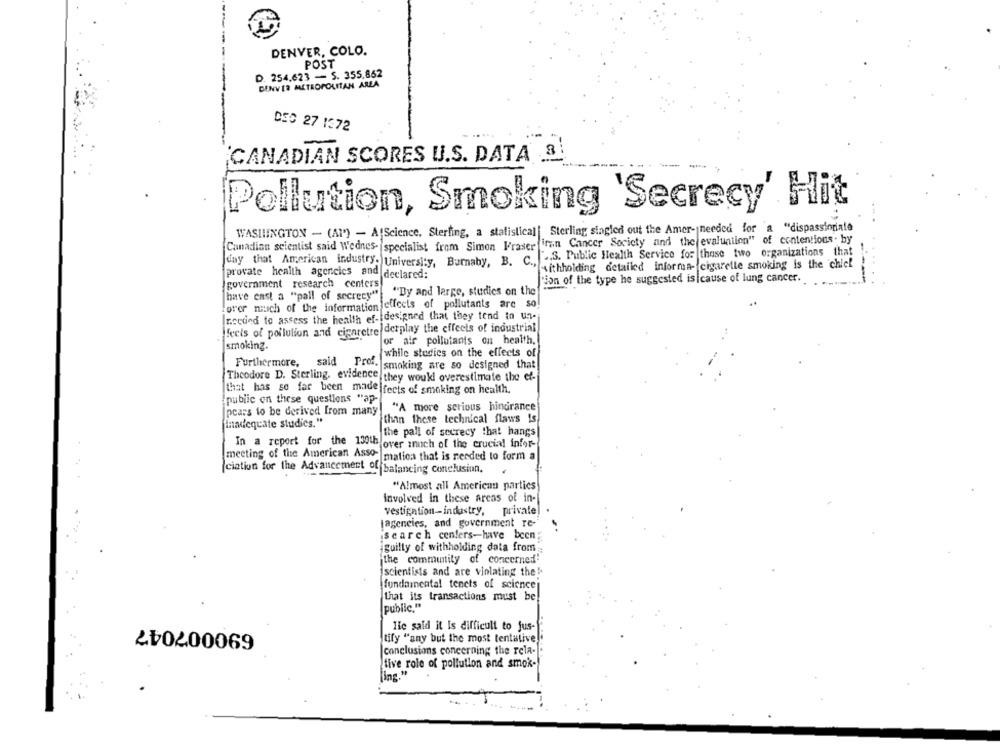
DENVER, COLO.
POST
D. 254.623 - S. 355,862
DENVER METROPOLITAN AREA
DSC 27 1372
CANADIAN SCORES U.S. DATA 3.
Pollution, Smoking 'Secrecy' Hit
WASHINGTON - (AP) - A Science, Sterling, a statistical| Sterling slagled out the Amer- needed for a "dispassiorinte
Canadian scientist said Wednes- specialist frem Simon Fraser firun Cancer Society and the evaluation" of contentions . by
S. Public Health Service for those two organizations that
day that American industry. University, Burnaby, B. C .,
withholding detailed informa- cigarette smoking is the chiel
provate health agencies and declared:
tion of the type he suggested is|cause of lung cancer.
government research centers
"By and large, studies on the
have east a "pall of secrecy"
orer much of the information effects of pollutants are so!
rocund to assess the health ef- designed that they tend to un-
feels of poilulion and cigaretre derplay the effects of industrial
smoking.
or air pollutants on health.
while studies on the effects of
Furthermore, said Prof.
smoking are so designed that
Theodore D. Sterling, evidence they woukl overestimate the ef-
[that has so far been madeffects of smoking on health.
public on these questions "ap-
"A more serious hindrance
pears to be derived from many
than these technical flaws is
(inadequate studies."
the pall of secrecy that hangs
In a report for the 150th over inoch of the crucial infor-
meeting of the American Asso-
matica that is needed to form a
(ciation for the Advancement of balancing Conelusiun.
.
"Almost all American parties
involved in these areas of in-
vestipation-industry, private
lageneies, and government re-
search centers-have been
guilty of withholding data from
the community of concerned!
scientists and are violating the".
fundamental tenets of science
that its transactions must be
public."
690007047
lie said it is difficult to jus-
tify "any but the most tentative]
conclusions concerning the rela-
tive role of pollution and smok-
ling."